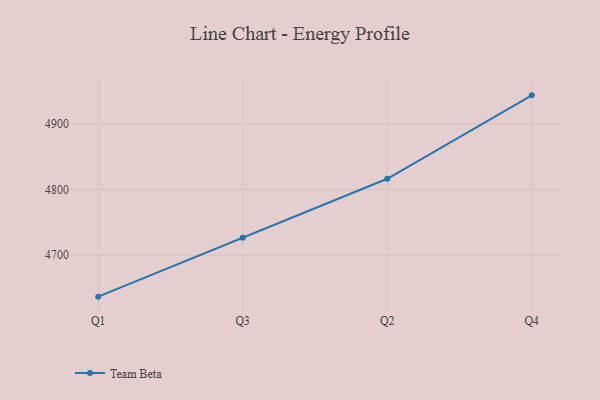
{"axis": {"x": "Quarter", "y": "Tickets Resolved"}, "legend": ["Team Beta"], "data": [{"x": "Q1", "y": 4636.9, "type": "Team Beta"}, {"x": "Q3", "y": 4726.6, "type": "Team Beta"}, {"x": "Q2", "y": 4816.4, "type": "Team Beta"}, {"x": "Q4", "y": 4943.4, "type": "Team Beta"}]}